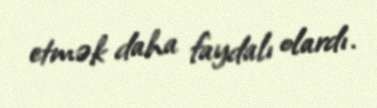
etmək daha faydalı olardı.